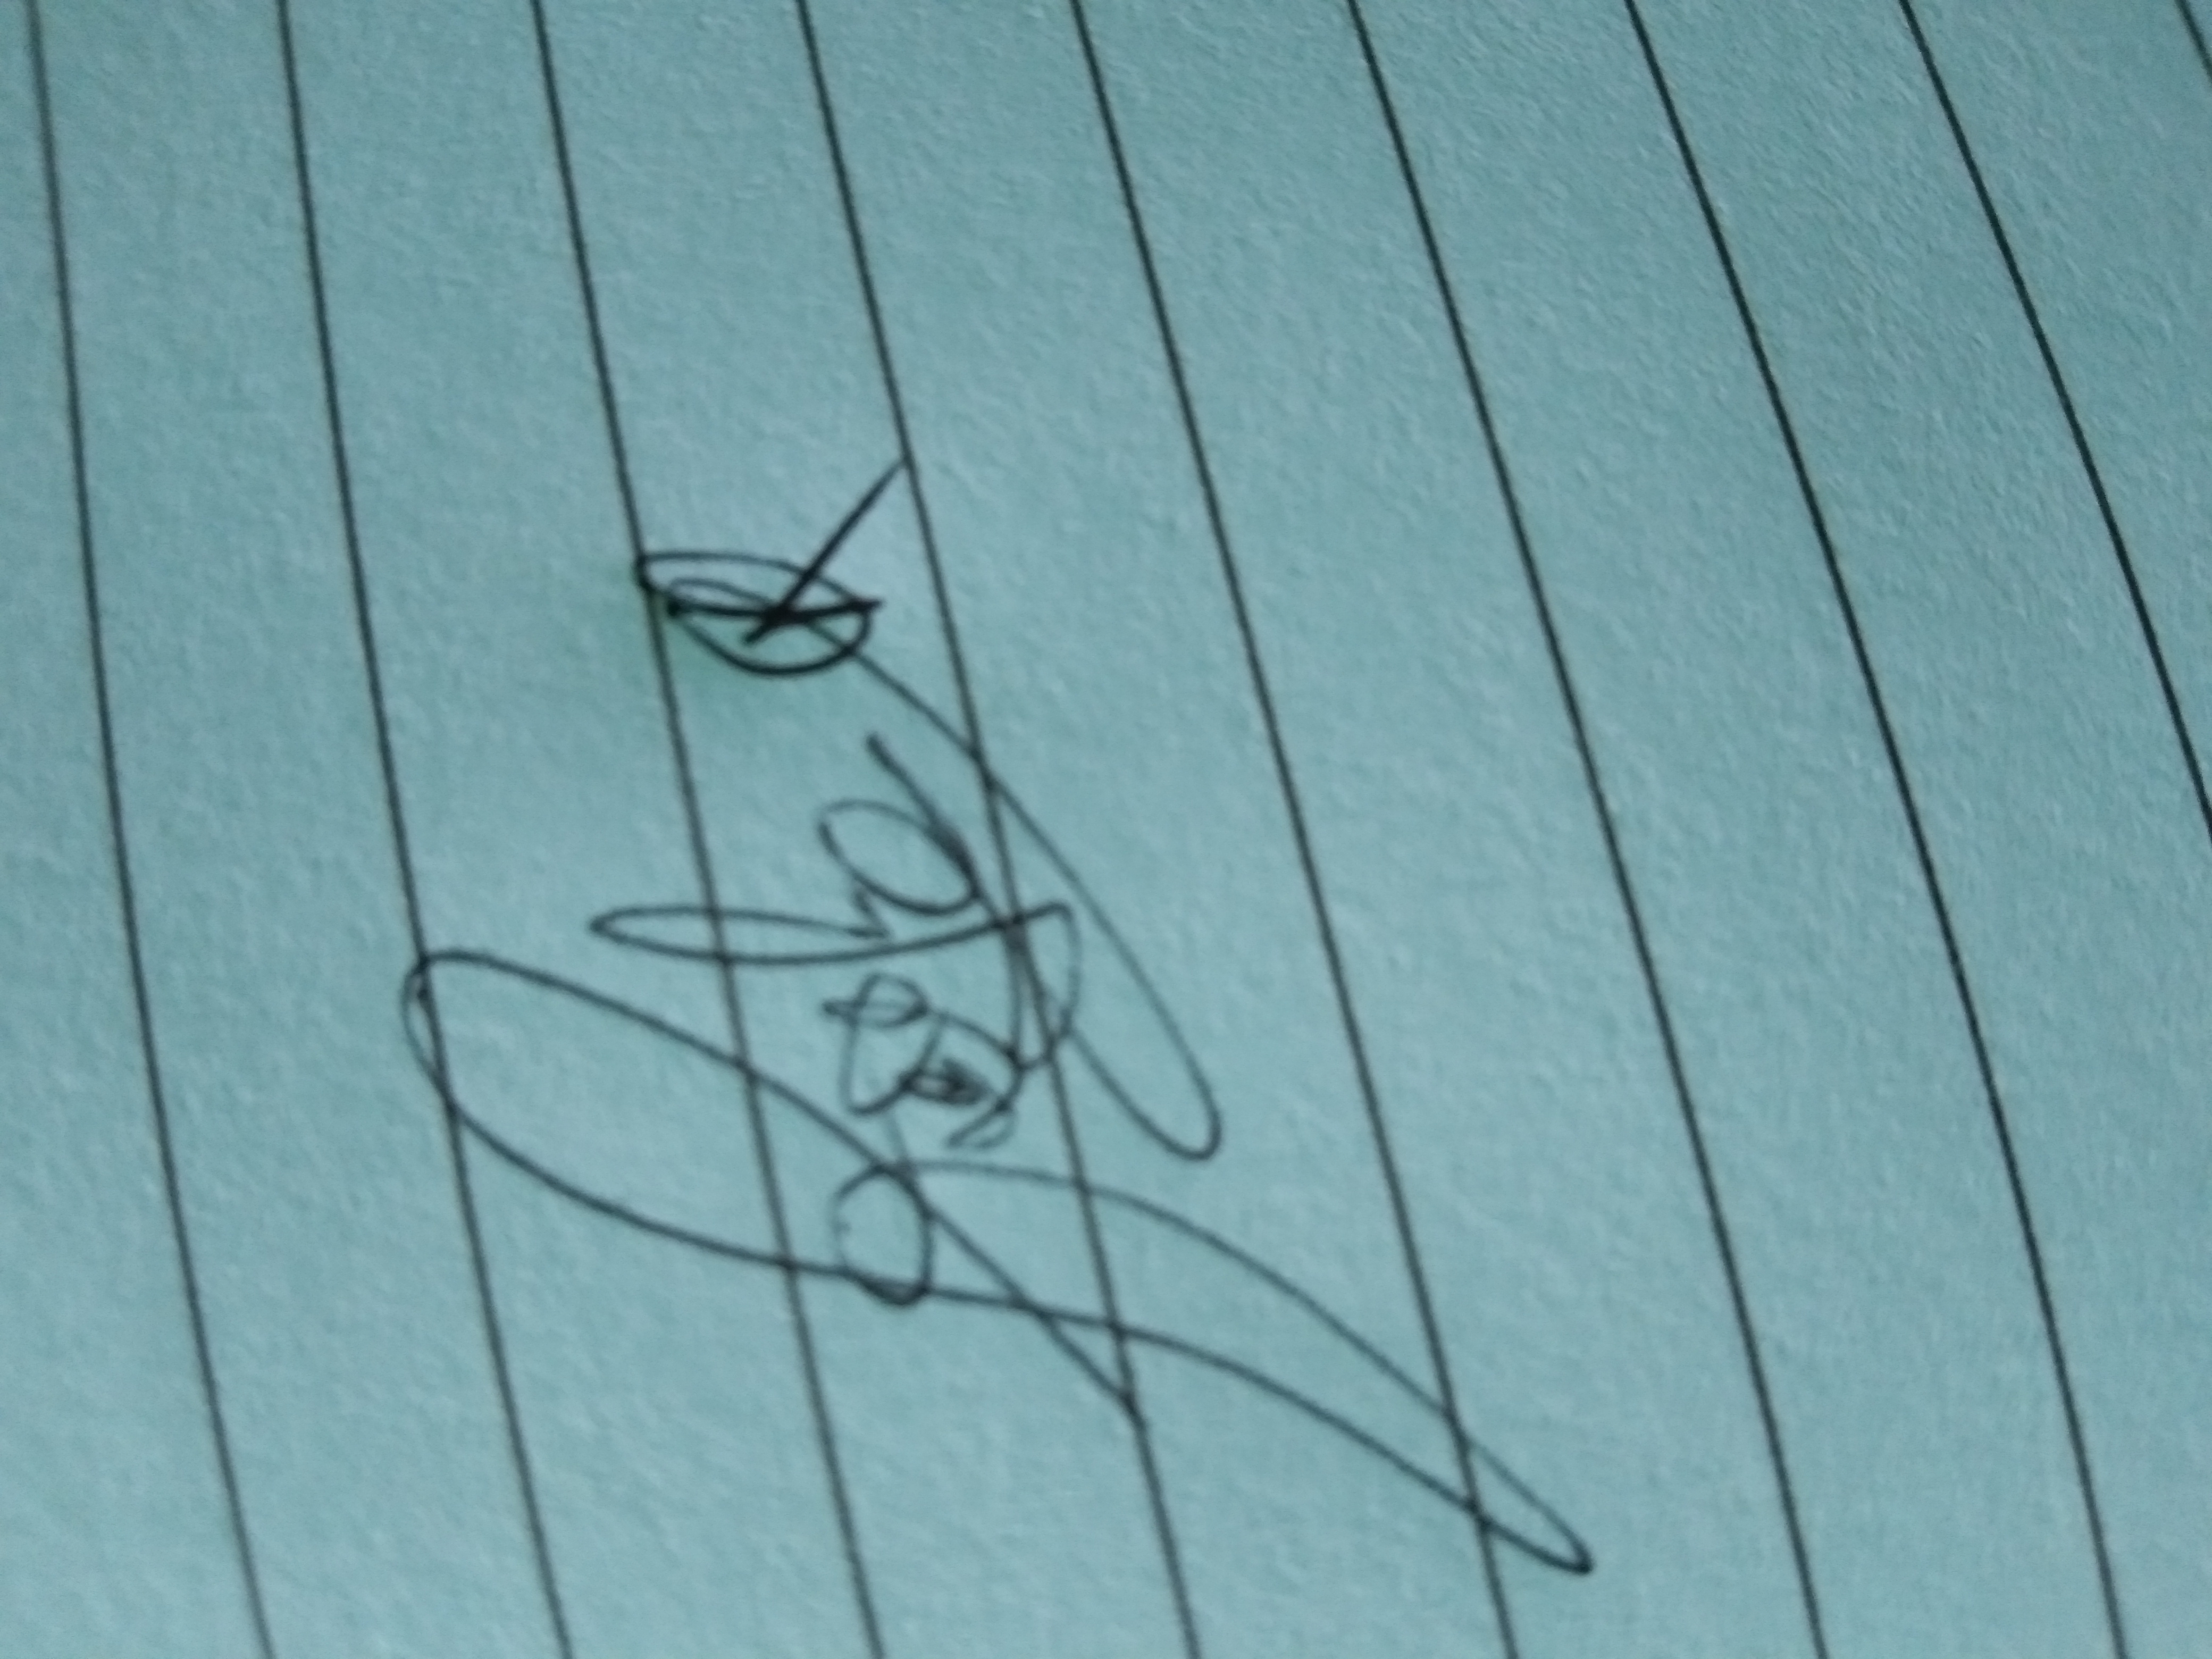
Signature authenticity: forged